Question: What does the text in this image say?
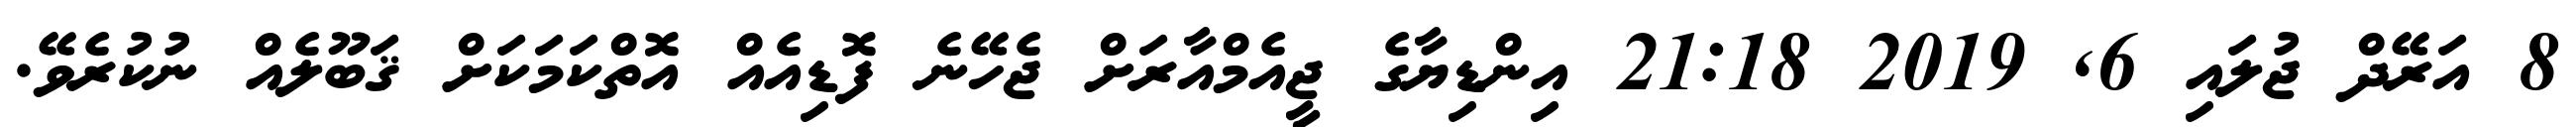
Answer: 8 އަރޭދް ޖުލައި 6, 2019 21:18 އިންޑިޔާގެ ޖީއެމްއާރަށް ޖެހޭނެ ފޮޑިއެއް އޮތްކަމަކަށް ޤަބޫލެއް ނުކުރެވޭ.